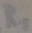
Text: R1